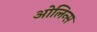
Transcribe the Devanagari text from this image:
ओलिन्स